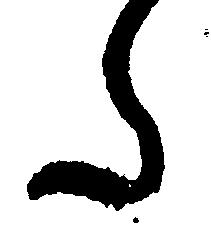
た